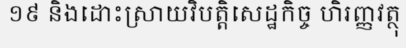
១៩ និងដោះស្រាយវិបត្តិសេដ្ឋកិច្ច ហិរញ្ញវត្ថុ